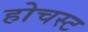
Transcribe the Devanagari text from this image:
होचस्ट